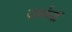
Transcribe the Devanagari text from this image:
जर्मनॉ